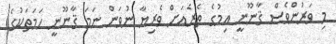
މި ވަރުންވެސް ޤާނޫނީ އިމުގެ ތެރެއަށް ވެރިޔާ ނުވަން ނަމަ ޤާނޫނީ ހަމަތަކުގެ